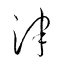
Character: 津